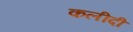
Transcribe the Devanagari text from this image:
कलीदी